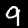
Digit: 9